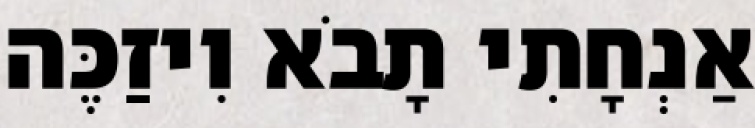
אַנְחָתִי תָבֹא וִיזַכֶּה